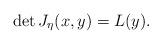
LaTeX: \begin{align*}\det J_\eta(x,y) = L(y).\end{align*}